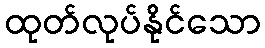
ထုတ်လုပ်နိုင်သော